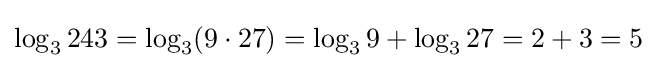
{\textstyle \log _{3}243=\log _{3}(9\cdot 27)=\log _{3}9+\log _{3}27=2+3=5}